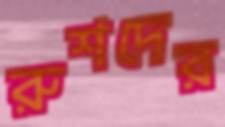
রুশদের